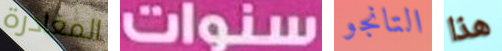
المغادرة سنوات التانجو هذا